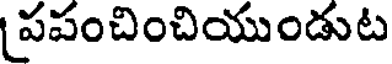
పపంచించియుండుట